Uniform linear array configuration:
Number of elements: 32
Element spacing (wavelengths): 0.75
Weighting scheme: cosine
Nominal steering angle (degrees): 15
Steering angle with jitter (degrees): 16.759
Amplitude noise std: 0.05
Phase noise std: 0.05

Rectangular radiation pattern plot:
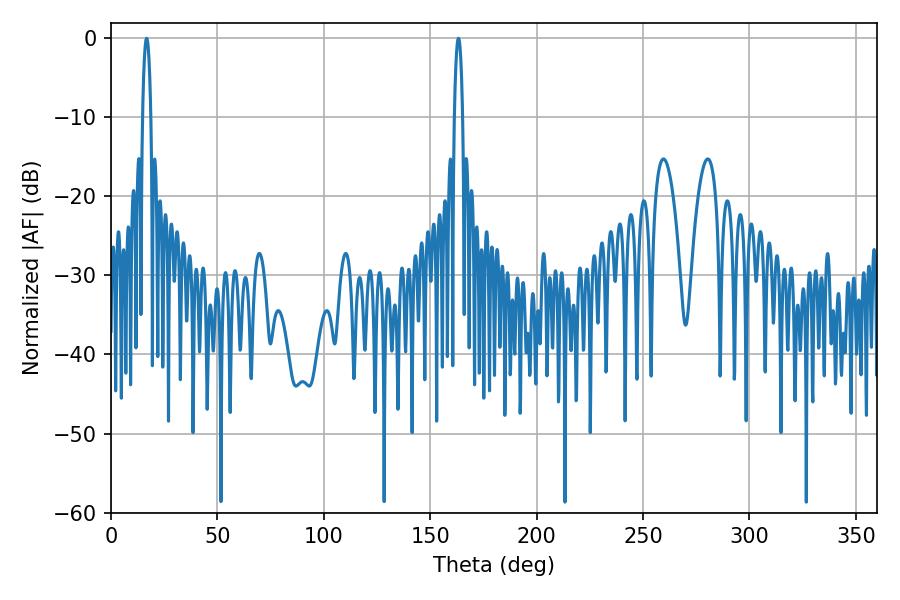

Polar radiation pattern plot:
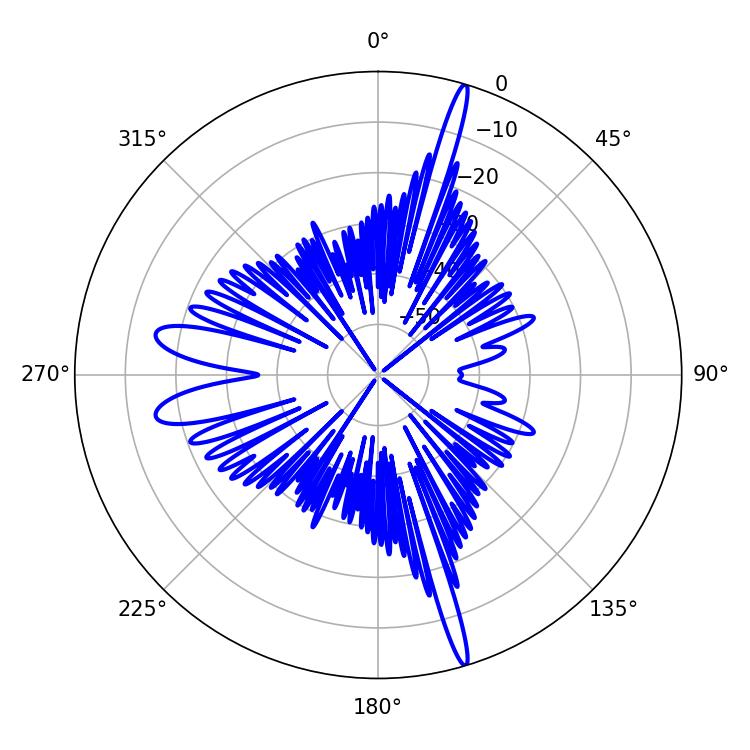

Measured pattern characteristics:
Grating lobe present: TRUE
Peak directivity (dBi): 20.848
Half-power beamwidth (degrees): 2.16
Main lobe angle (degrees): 16.74